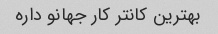
بهترین کانتر کار جهانو داره